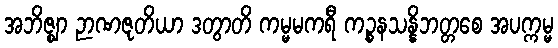
အဘိဇ္ဈာ ဉာဏဇုတိယာ ဒတွာတိ ကမ္မမကရီ ကဉ္စနသန္နိဘတ္တစေ အပက္ကမ္မ